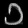
Digit: ၁